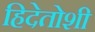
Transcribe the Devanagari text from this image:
हिदेतोशी